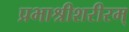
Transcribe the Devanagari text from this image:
प्रभाश्रीशरीरम्